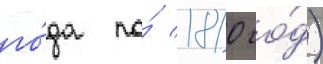
го́да по́ 1810 го́д)